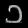
Digit: ၁